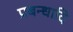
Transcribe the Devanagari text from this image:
प्रबन्धादि